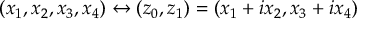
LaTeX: ( x _ { 1 } , x _ { 2 } , x _ { 3 } , x _ { 4 } ) \leftrightarrow ( z _ { 0 } , z _ { 1 } ) = ( x _ { 1 } + i x _ { 2 } , x _ { 3 } + i x _ { 4 } )